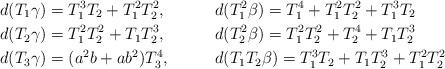
LaTeX: \begin{align*} d(T_1 \gamma) & = T_1^3T_2 + T_1^2 T_2^2, & &d(T_1^2 \beta) = T_1^4+ T_1^2 T_2^2 + T_1^3 T_2 \\ d(T_2 \gamma) & = T_1^2T_2^2+T_1 T_2^3, & &d(T_2^2 \beta) = T_1^2 T_2^2 +T_2^4 + T_1T_2^3 \\ d(T_3 \gamma) & = (a^2b+ab^2)T_3^4, & & d(T_1 T_2\beta) = T_1^3T_2+ T_1T_2^3 + T_1^2 T_2^2 \end{align*}